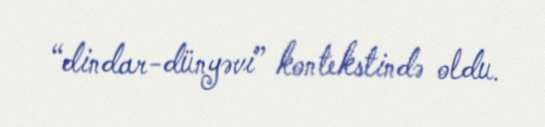
“dindar-dünyəvi” kontekstində oldu.